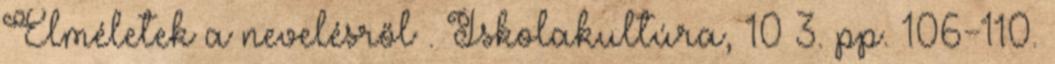
Elméletek a nevelésről . Iskolakultúra, 10 3. pp. 106-110.